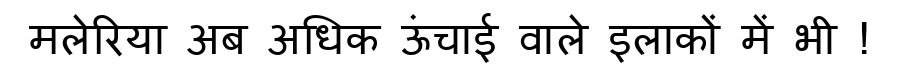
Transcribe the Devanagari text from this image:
मलेरिया अब अधिक ऊंचाई वाले इलाकों में भी !